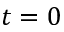
t = 0